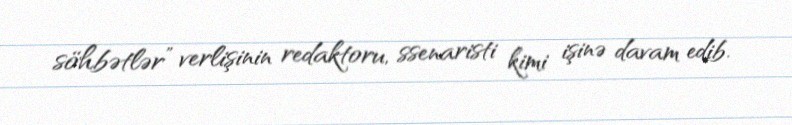
söhbətlər” verlişinin redaktoru, ssenaristi kimi işinə davam edib.